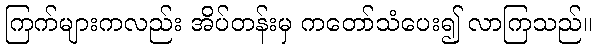
ကြက်များကလည်း အိပ်တန်းမှ ကတော်သံပေး၍ လာကြသည်။